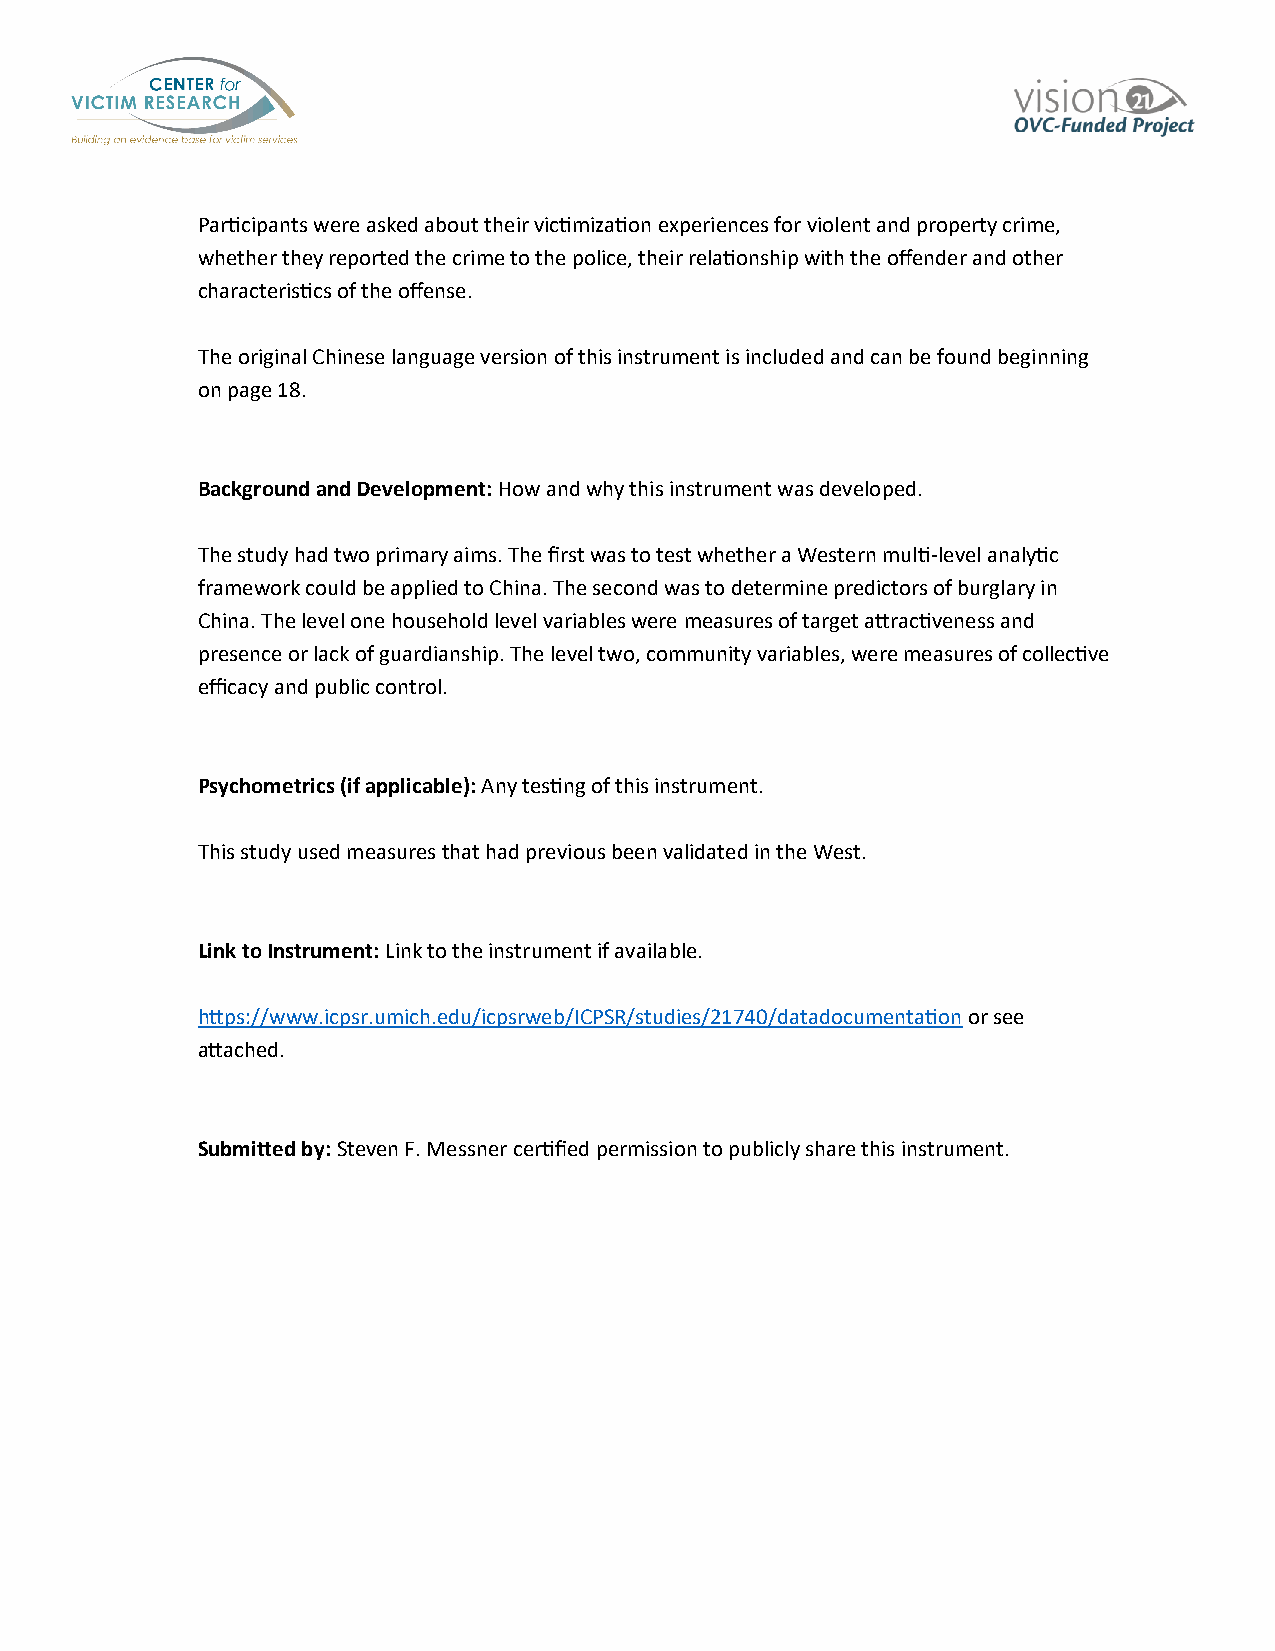
Participants were asked about their victimization experiences for violent and property crime,
 whether they reported the crime to the police, their relationship with the offender and other
 characteristics of the offense.
 The original Chinese language version of this instrument is included and can be found beginning
 on page 18.
 Background and Development: How and why this instrument was developed.
 The study had two primary aims. The first was to test whether a Western multi-level analytic
 framework could be applied to China. The second was to determine predictors of burglary in
 China. The level one household level variables were measures of target attractiveness and
 presence or lack of guardianship. The level two, community variables, were measures of collective
 efficacy and public control.
 Psychometrics (if applicable): Any testing of this instrument.
 This study used measures that had previous been validated in the West.
 Link to Instrument: Link to the instrument if available.
 https://www.icpsr.umich.edu/icpsrweb/ICPSR/studies/21740/datadocumentation or see
 attached.
 Submitted by: Steven F. Messner certified permission to publicly share this instrument.